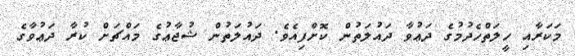
މަކަރާއި ހީލަތްހެދުމުގެ ދަޢުވާ ދައުލަތުން ކޮށްފިއެވެ. ދައުލަތުން ޝުޖާޢުގެ މައްޗަށް ކުރާ ދަޢުވާގެ